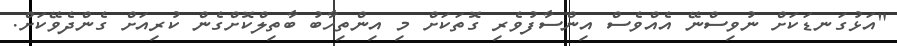
"އަޅުގަނޑަކަށް ނުވިސްނޭ އެއްވެސް އިންސާފުވެރި ގޮތަކަށް މި އިންތިހާބު ބާތިލްކޮށްގެން ކުރިއަށް ގެންދެވޭކަށް.